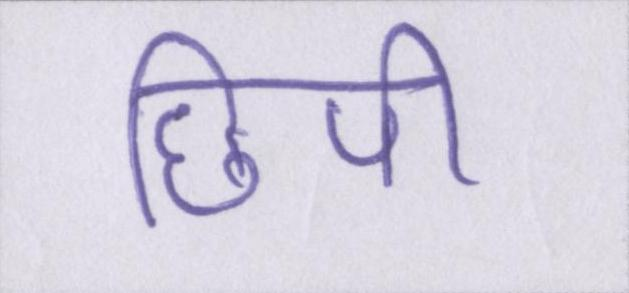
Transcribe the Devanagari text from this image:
छिपी